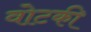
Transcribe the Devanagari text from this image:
वोटकी